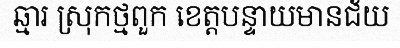
ឆ្មារ ស្រុកថ្មពួក ខេត្តបន្ទាយមានជ័យ